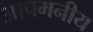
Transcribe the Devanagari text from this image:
आचमनीय